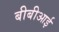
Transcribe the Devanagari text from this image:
बीबीआई